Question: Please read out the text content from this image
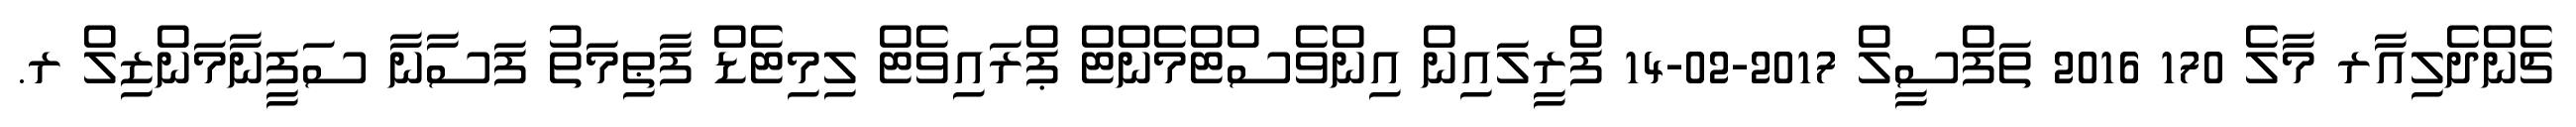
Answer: ޗެންދެލިއާރ މާލެ 170 2016 ތަފްސީލް 2017-02-14 ފްރީލައިން އިންވެސްޓްމެންޓް ޕްރައިވެޓް ލިމިޓެޑް ފާޠިމަތު ފަސާނާ ސަފީނާމަންޒިލް ރ.